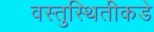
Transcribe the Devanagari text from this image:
वस्तुस्थितीकडे